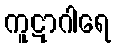
ကူဋာဂါရေ